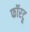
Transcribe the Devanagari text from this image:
फॉरटू